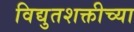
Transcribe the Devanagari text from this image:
विद्युतशक्तीच्या